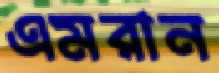
এমরান